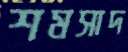
শমসাদ